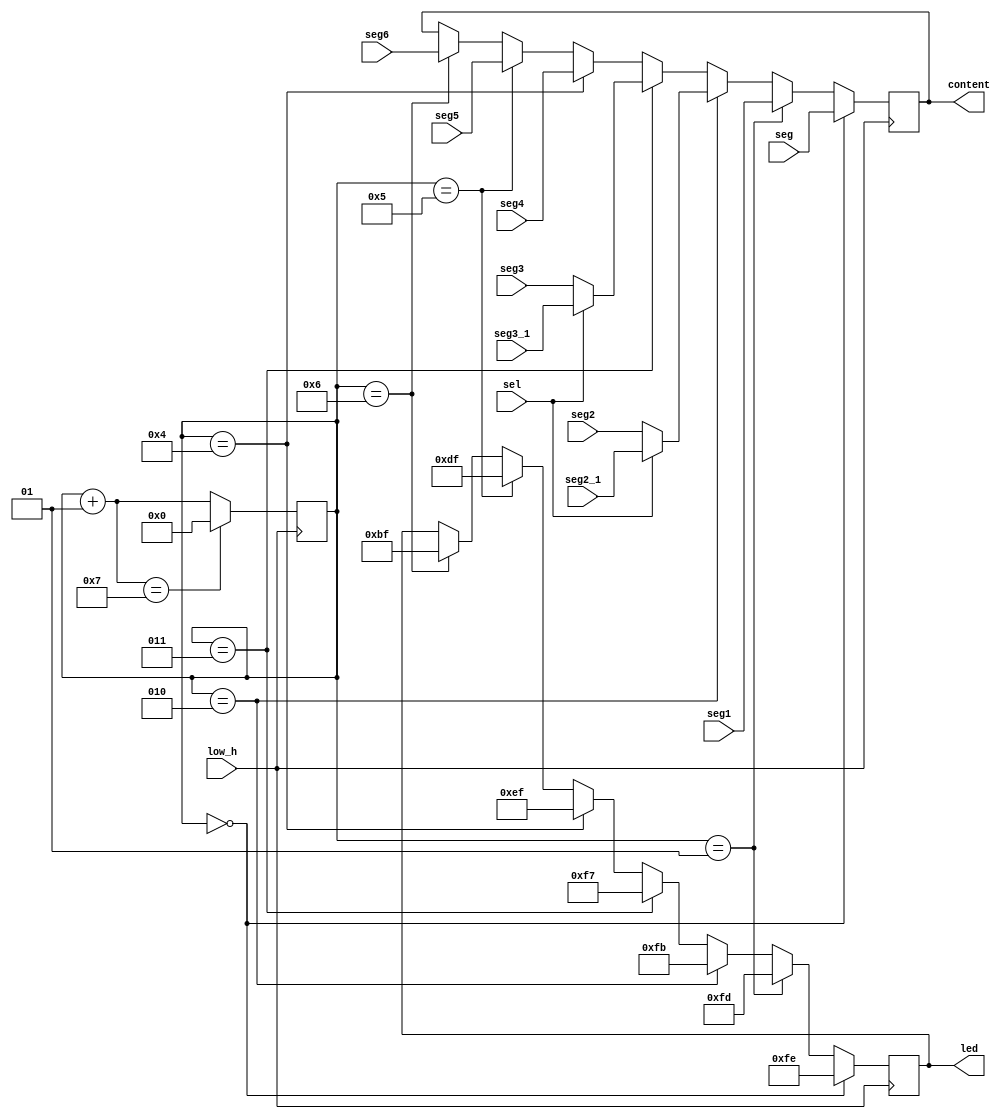
`timescale 1ns / 1ps
//////////////////////////////////////////////////////////////////////////////////
// Company: 
// Engineer: 
// 
// Design Name: 
// Module Name: SHOW
// Project Name: 
// Target Devices: 
// Tool Versions: 
// Description: 
// 
// Dependencies: 
// 
// Revision:
// Revision 0.01 - File Created
// Additional Comments:
// 
//////////////////////////////////////////////////////////////////////////////////


module SHOW(
    input low_h,
    input sel,
    input[6:0] seg,
    input[6:0] seg1,
    input[6:0] seg2,
    input[6:0] seg3,
    input[6:0] seg2_1,
    input[6:0] seg3_1,
    input[6:0] seg4,
    input[6:0] seg5,
    input[6:0] seg6,
    output reg[7:0] led,
    output reg[6:0] content
    );
    integer sel_led;
    initial
    begin
        sel_led = 0;
        content = 7'b1111111;
    end
    always @ (posedge low_h)
    begin
        if(sel_led == 0)
        begin
            led = 8'b11111110;
            content = seg;    
        end
        else if(sel_led == 1)
        begin
            led = 8'b11111101;
            content = seg1;    
        end
        else if(sel_led == 2)
        begin
            led = 8'b11111011;
            if(sel)
            begin
                content = seg2_1;
            end
            else
            begin
                content = seg2;
            end
        end
        else if(sel_led == 3)
        begin
            led = 8'b11110111;
            if(sel)
            begin
                content = seg3_1;
            end
            else
            begin
                content = seg3;
            end                  
        end
        else if(sel_led == 4)
        begin
            led = 8'b11101111;
            content = seg4;
        end
        else if(sel_led == 5)
        begin
            led = 8'b11011111;
            content = seg5;
        end
        else if(sel_led == 6)
        begin
            led = 8'b10111111;
            content = seg6;
        end
        sel_led = sel_led + 1;
        if(sel_led == 7)
        begin
            sel_led = 0;
        end
    end
endmodule